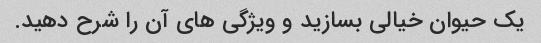
یک حیوان خیالی بسازید و ویژگی های آن را شرح دهید.